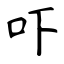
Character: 吓